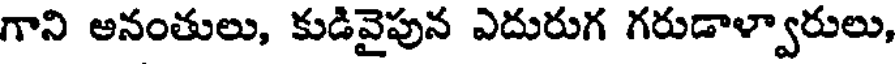
గాని అనంతులు, కుడివైపున ఎదురుగ గరుడాళ్వారులు,